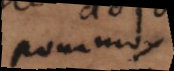
pour moy